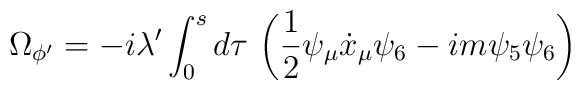
\Omega_{\phi'} = - i \lambda' \int_{0}^{s} d\tau \, \left( \frac{1}{2} \psi_{\mu} \dot{x}_{\mu} \psi_{6} - i m \psi_{5} \psi_{6} \right)